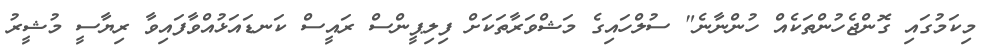
މިކަމުގައި ގޮންޖެހުންތަކެއް ހުންނާނެ" ސުލްހައިގެ މަޝްވަރާތަކަށް ފިލިޕީންސް ރައީސް ކަނޑައަޅުއްވާފައިވާ ރިޔާސީ މުޝީރު